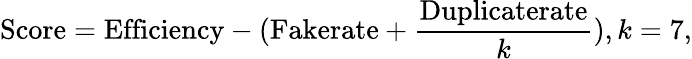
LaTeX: \textrm{Score}=\textrm{Efficiency}-(\textrm{Fakerate}+\frac{\textrm{Duplicaterate}}{k}),k=7,